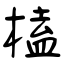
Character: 榼